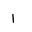
Letter: _alif